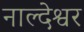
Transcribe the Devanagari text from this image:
नाल्देश्वर